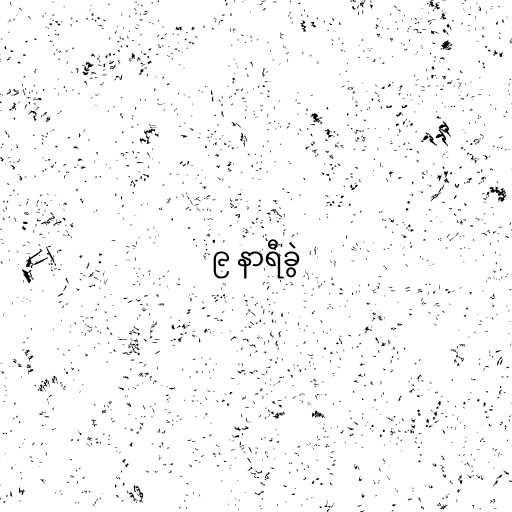
၉ နာရီခွဲ